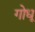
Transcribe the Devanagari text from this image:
गोधू